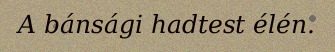
A bánsági hadtest élén.